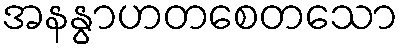
အနနွာဟတစေတသော